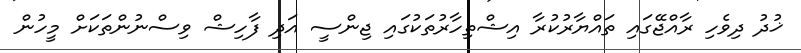
ޚުދު ދިވެހި ރާއްޖޭގައި ތައްޔާރުކުރާ އިޝްތިހާރުތަކުގައި ޖިންސީ އަދި ފާހިޝް ވިސްނުންތަކަށް މީހުން